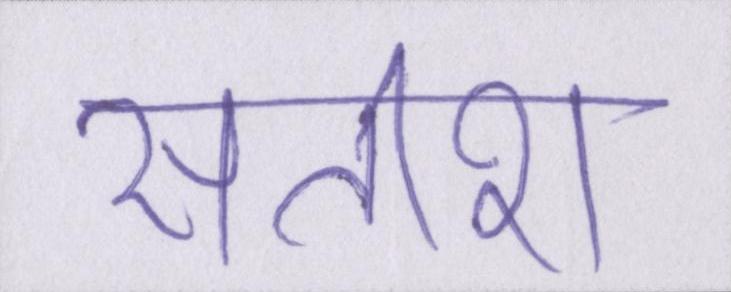
सतीश